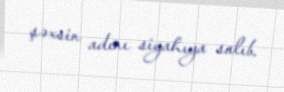
şəxsin adını siyahıya salıb.